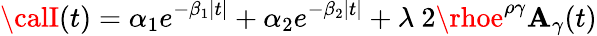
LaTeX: {\calI}(t)=\alpha_{1}e^{-\beta_{1}|t|}+\alpha_{2}e^{-\beta_{2}|t|}+\lambda~2\rhoe^{\rho\gamma}\mathbf{A}_{\gamma}(t)